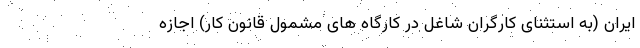
ایران (به استثنای کارگران شاغل در کارگاه های مشمول قانون کار) اجازه